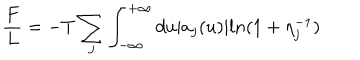
\frac { F } { L } = - T \sum _ { j } \int _ { - \infty } ^ { + \infty } d u | a _ { j } ( u ) | l n ( 1 + \eta _ { j } ^ { - 1 } )